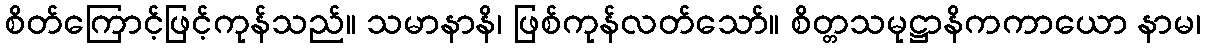
စိတ်ကြောင့်ဖြင့်ကုန်သည်။ သမာနာနိ၊ ဖြစ်ကုန်လတ်သော်။ စိတ္တသမုဋ္ဌာနိကကာယော နာမ၊